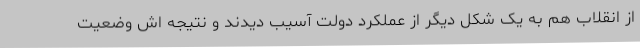
از انقلاب هم به یک شکل دیگر از عملکرد دولت آسیب دیدند و نتیجه اش وضعیت